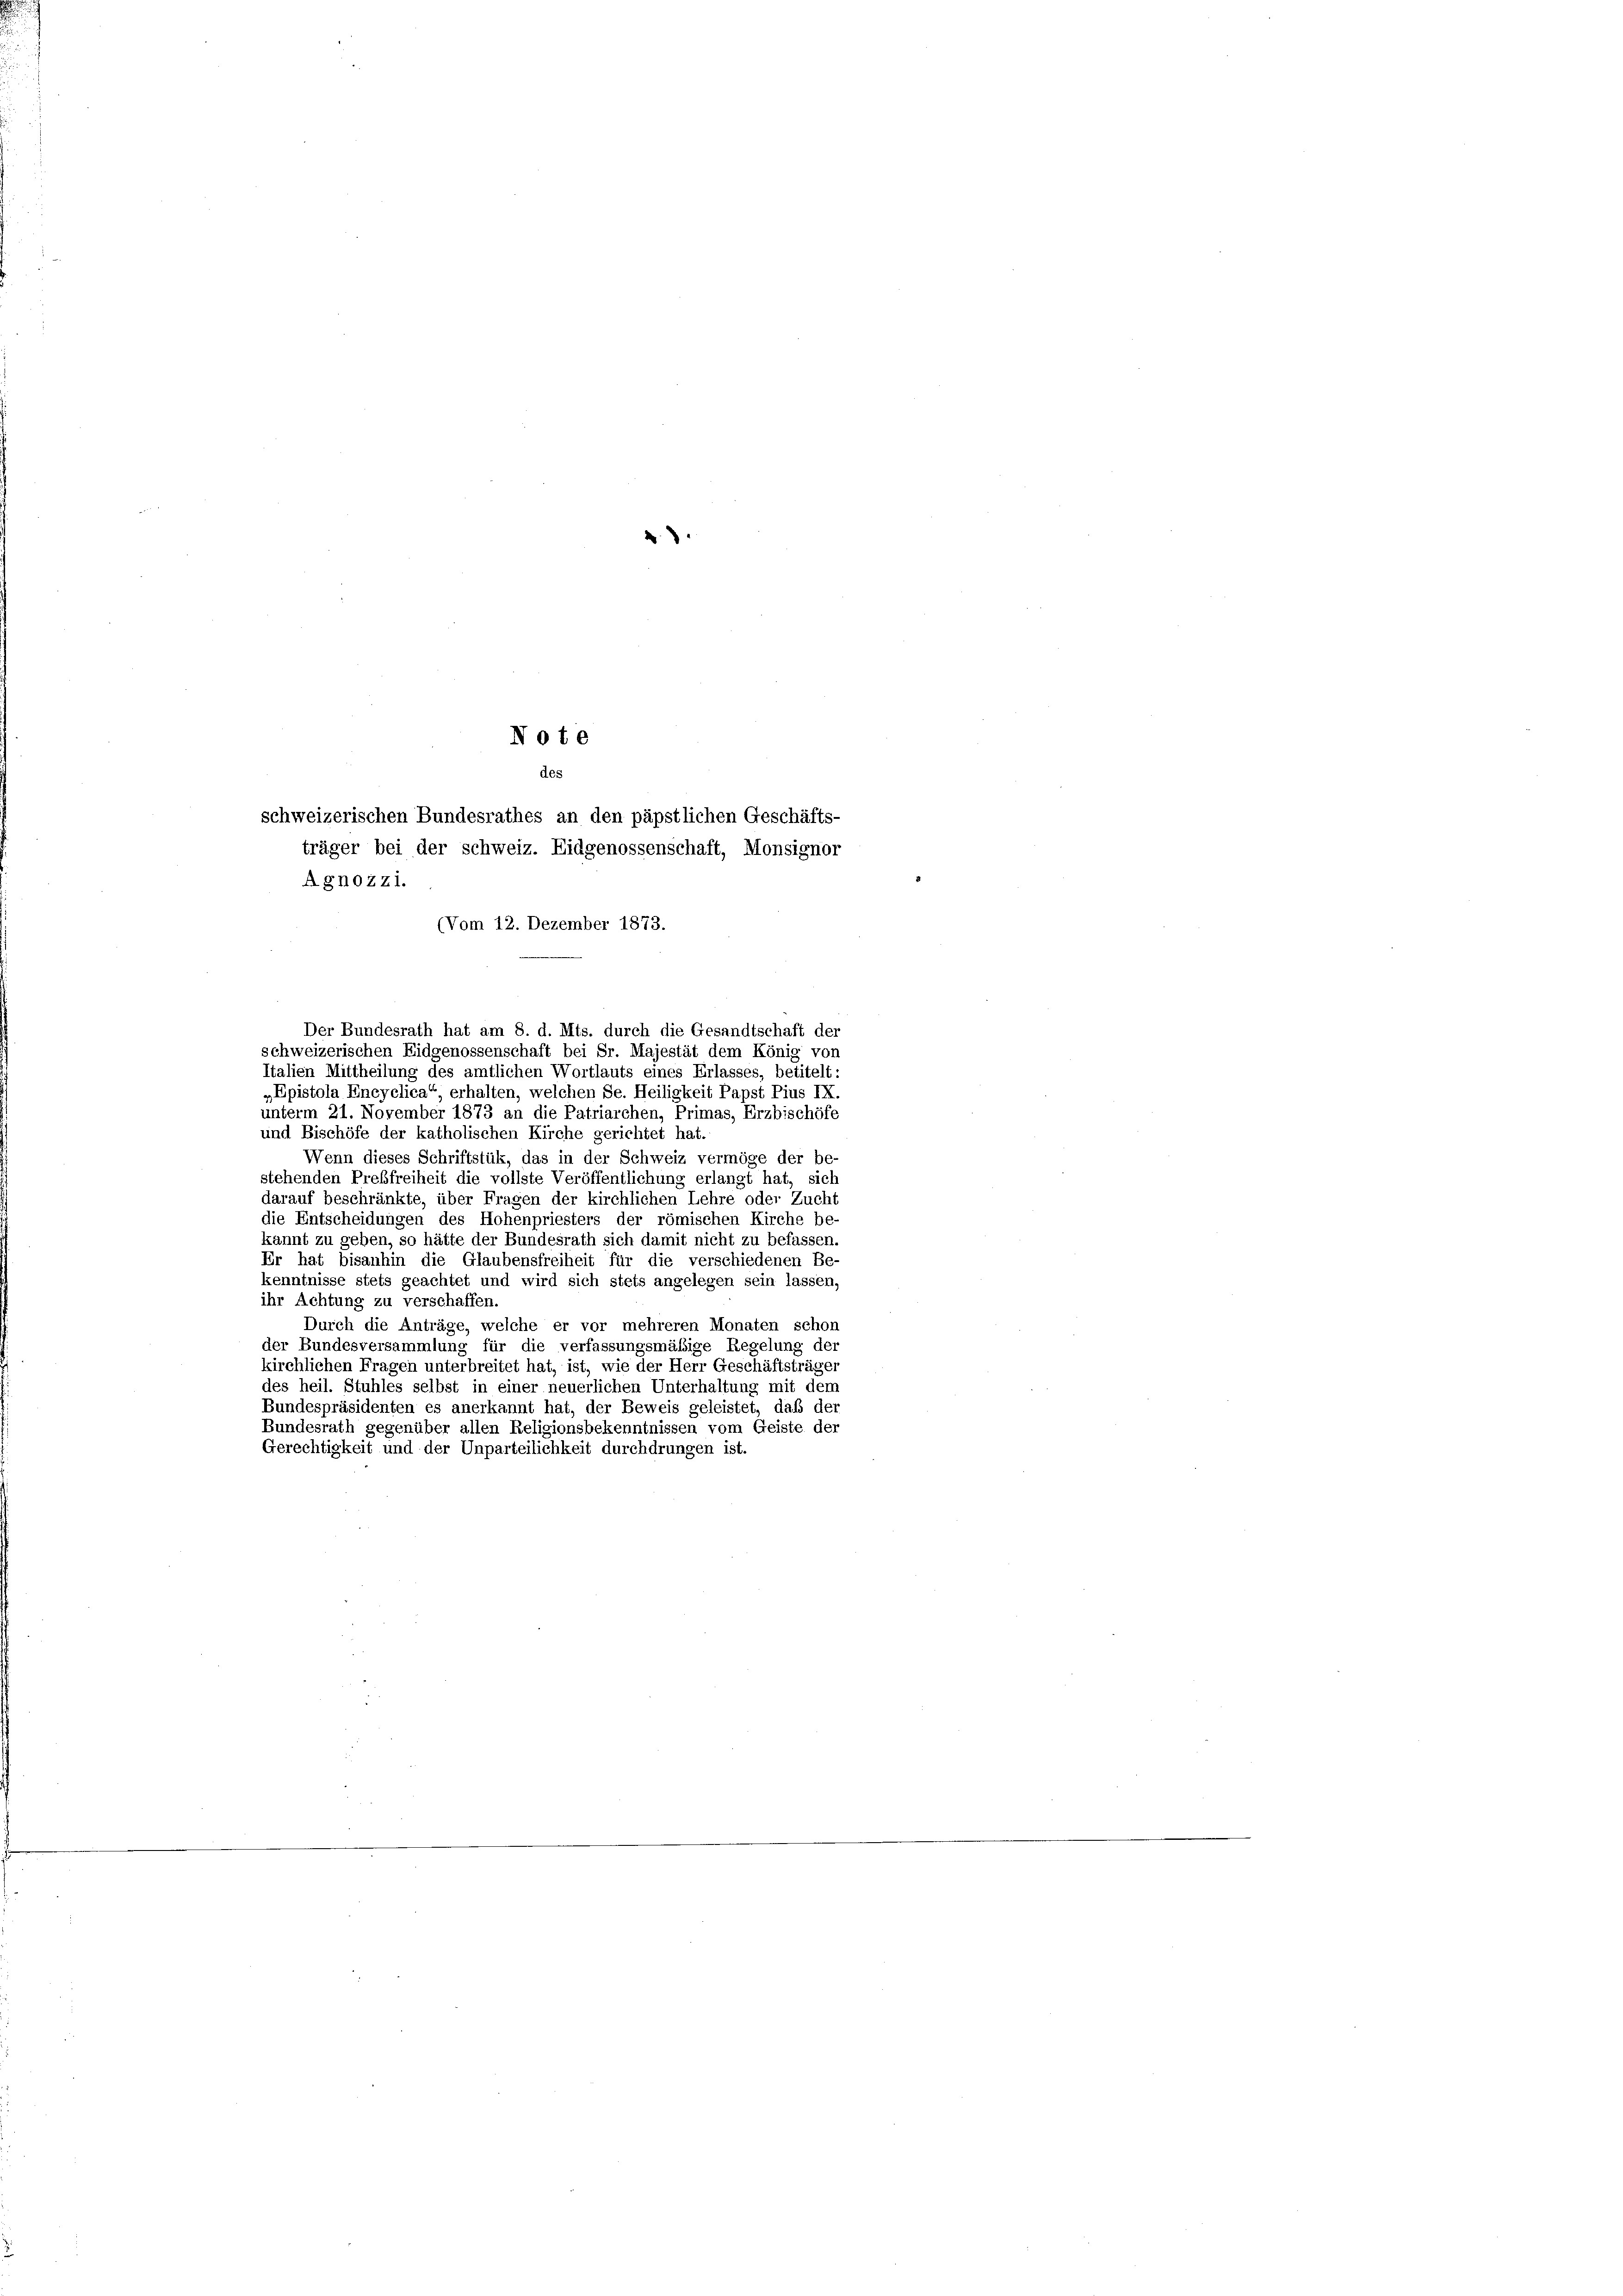
.

Note
des
schweizerischen Bundesrathes an den päpstlichen Geschäfts-
träger bei der schweiz. Eidgenossenschaft, Monsignor
Agnozzi.
(Vom 12. Dezember 1873.

Der Bundesrath hat am 8. d. Mts. durch die Gesandtschaft der
schweizerischen Eidgenossenschaft bei Sr. Majestät dem König von
Italien Mittheilung des amtlichen Wortlauts eines Erlasses, betitelt:
„Epistola Encyclica“ erhalten, welchen Se. Heiligkeit Papst Pius IX.
unterm 21. November 1873 an die Patriarchen, Primas, Erzbischöfe
und Bischöfe der katholischen Kirche gerichtet hat.
Wenn dieses Schriftstük, das in der Schweiz vermöge der be-
stehenden Preßfreiheit die vollste Veröffentlichung erlangt hat, sich
darauf beschränkte, über Fragen der kirchlichen Lehre oder Zucht
die Entscheidungen des Hohenpriesters der römischen Kirche be-
kannt zu geben, so hätte der Bundesrath sich damit nicht zu befassen.
Er hat bisanhin die Glaubensfreiheit für die verschiedenen Be
kenntnisse stets geachtet und wird sich stets angelegen sein lassen,
ihr Achtung zu verschaffen.
Durch die Anträge, welche er vor mehreren Monaten schon
der Bundesversammlung für die verfassungsmäßige Regelung der
kirchlichen Fragen unterbreitet hat, ist, wie der Herr Geschäftsträger
des heil. Stuhles selbst in einer neuerlichen Unterhaltung mit dem
Bundespräsidenten es anerkannt hat, der Beweis geleistet, daß der
Bundesrath gegenüber allen Religionsbekenntnissen vom Geiste der
Gerechtigkeit und der Unparteilichkeit durchdrungen ist.